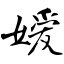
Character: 嫒